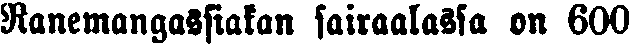
Ranemangassiakan sairaalassa on 600